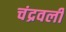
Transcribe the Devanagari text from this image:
चंद्रवली